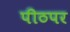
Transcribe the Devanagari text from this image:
पीठपर